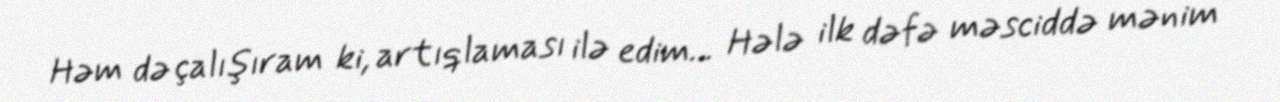
Həm də çalışıram ki, artıqlaması ilə edim... Hələ ilk dəfə məsciddə mənim